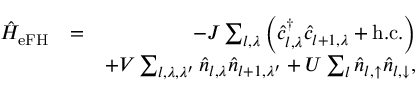
\begin{array} { r l r } { \hat { H } _ { \mathrm { e F H } } } & { = } & { - J \sum _ { l , \lambda } \left( \hat { c } _ { l , \lambda } ^ { \dag } \hat { c } _ { l + 1 , \lambda } + \mathrm { h . c . } \right) } \\ & { } & { + V \sum _ { l , \lambda , \lambda ^ { \prime } } \hat { n } _ { l , \lambda } \hat { n } _ { l + 1 , \lambda ^ { \prime } } + U \sum _ { l } \hat { n } _ { l , \uparrow } \hat { n } _ { l , \downarrow } , } \end{array}